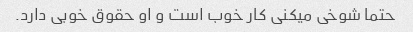
حتما شوخی میکنی کار خوب است و او حقوق خوبی دارد.